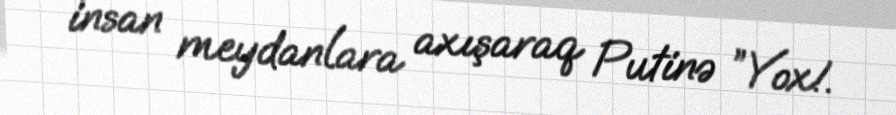
insan meydanlara axışaraq Putinə ”Yox!.